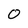
Character: 0